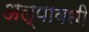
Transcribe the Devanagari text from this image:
अल्पावधी